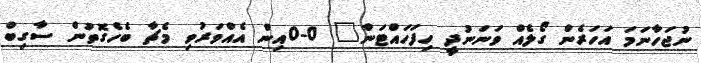
ނުޖަހާނަމަ އަހަރެން ގޯލެއް ވަނަނުދީ ހިފަހައްޓަން" 0-0އިން އެެއްވަރުވި މެޗާ ބެހެގޮތުން ސާގިބް